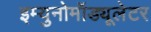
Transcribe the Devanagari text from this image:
इम्युनोमॉड्यूलेटर